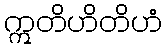
ဣတိဟိတိဟံ